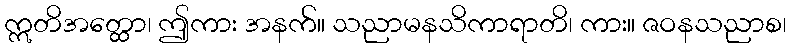
ဣတိအတ္ထော၊ ဤကား အနက်။ သညာမနသိကာရာတိ၊ ကား။ ဇဝနသညာစ၊